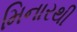
મિનારથી